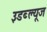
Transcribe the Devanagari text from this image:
३डब्ल्यूज